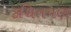
કથિતપણ